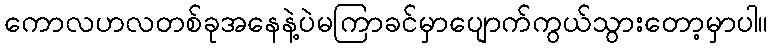
ကောလဟလတစ်ခုအနေနဲ့ပဲမကြာခင်မှာပျောက်ကွယ်သွားတော့မှာပါ။